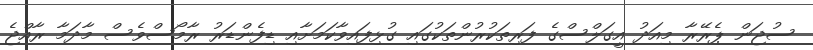
ސުޖަން ޕެރޭރާ މިއަދު އީގަލްސްގެ ފަރިތަކުރުންތަކުގައި ގުޅިފައިވާކަމަށާއި ޑިފެންޑަރު ރާމޯސްވެސް މާދަމާ ރާއްޖެ